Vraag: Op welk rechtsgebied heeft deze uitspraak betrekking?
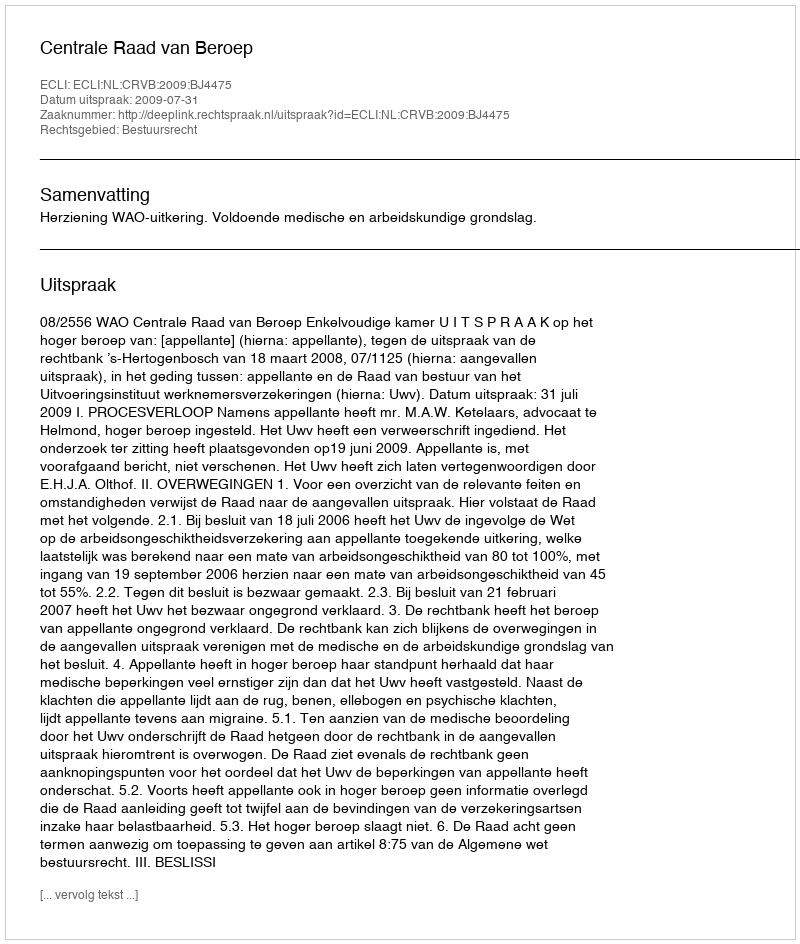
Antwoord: Bestuursrecht